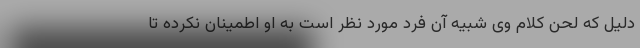
دلیل که لحن کلام وی شبیه آن فرد مورد نظر است به او اطمینان نکرده تا